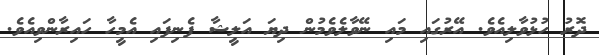
ދޮރު ހުޅުވާލިއެވެ. އޭރުގައި މައި ނޭވާލެވެމުން ދިޔަ އަލީޝާ ފެނިފައި އެމީހާ ހައިރާންވިއެވެ.